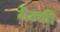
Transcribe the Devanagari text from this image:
यैन्की